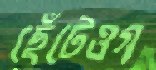
ছেঁটেওগ